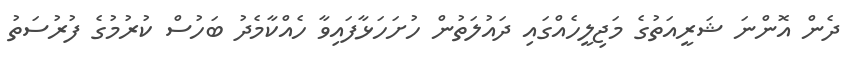
ދެން އޮންނަ ޝަރީއަތުގެ މަޖިލީހެއްގައި ދައުލަތުން ހުށަހަޅާފައިވާ ހެއްކާމެދު ބަހުސް ކުރުމުގެ ފުރުސަތު